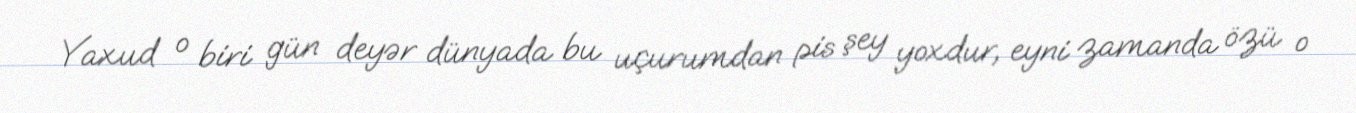
Yaxud o biri gün deyər dünyada bu uçurumdan pis şey yoxdur, eyni zamanda özü o